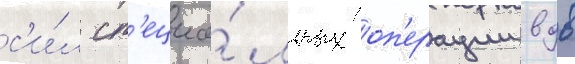
с'и́л сп'ециа́льных оп'ерации вдв